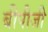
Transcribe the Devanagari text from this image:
बीपीजी